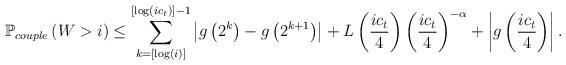
LaTeX: \begin{align*}\mathbb{P}_{couple}\left(W>i\right)\leq\sum_{k=\left[\log\left(i\right)\right]}^{\left[\log\left(ic_{t}\right)\right]-1}\left|g\left(2^{k}\right)-g\left(2^{k+1}\right)\right|+L\left(\frac{ic_{t}}{4}\right)\left(\frac{ic_{t}}{4}\right)^{-\alpha}+\left|g\left(\frac{ic_{t}}{4}\right)\right|.\end{align*}